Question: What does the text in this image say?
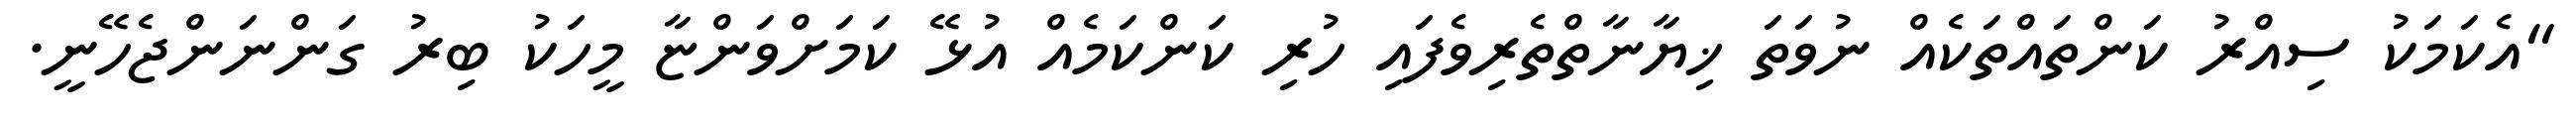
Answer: "އެކަމަކު ސިއްރު ކަންތައްތަކެއް ނުވަތަ ޚިޔާނާތްތެރިވެފައި ހުރި ކަންކަމެއް އުޅޭ ކަމަށްވަންޏާ މީހަކު ބިރު ގަންނަންޖެހޭނީ.